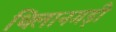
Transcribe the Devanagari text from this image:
थिलानगड़ी